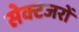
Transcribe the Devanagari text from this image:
सेक्टजरों